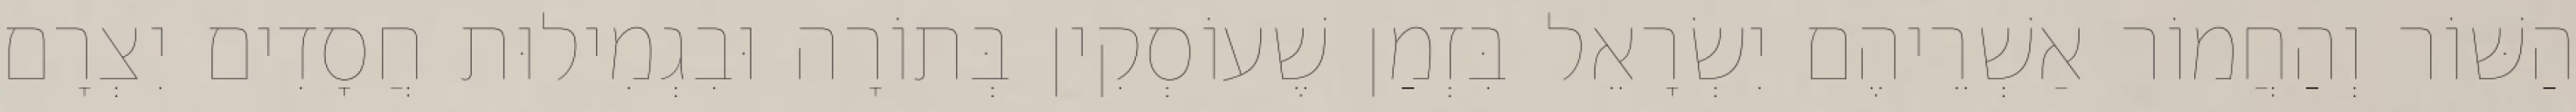
הַשּׁוֹר וְהַחֲמוֹר אַשְׁרֵיהֶם יִשְׂרָאֵל בִּזְמַן שֶׁעוֹסְקִין בְּתוֹרָה וּבִגְמִילוּת חֲסָדִים יִצְרָם